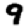
Digit: 9